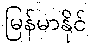
မြန်မာနိုင်